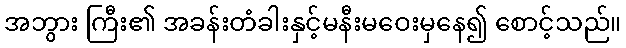
အဘွား ကြီး၏ အခန်းတံခါးနှင့်မနီးမဝေးမှနေ၍ စောင့်သည်။